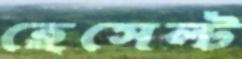
হেসেল্ট